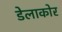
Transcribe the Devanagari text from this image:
डेलाकोर